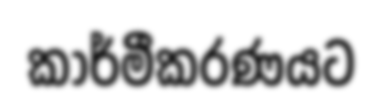
කාර්මීකරණයට